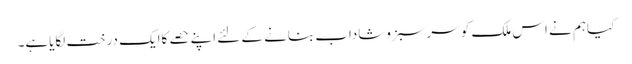
کیاہم نے اس ملک کو سرسبزوشاداب بنانے کے لئے اپنے حصے کاایک درخت لگایاہے۔